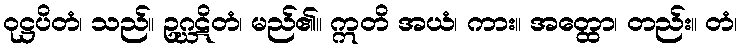
ဝုဋ္ဌပိတံ၊ သည်။ ဥဂ္ဃဋိတံ၊ မည်၏။ ဣတိ အယံ၊ ကား။ အတ္ထော၊ တည်း။ တံ၊